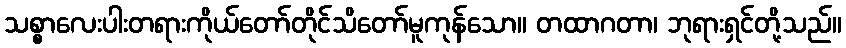
သစ္စာလေးပါးတရားကိုယ်တော်တိုင်သိတော်မူကုန်သော။ တထာဂတာ၊ ဘုရားရှင်တို့သည်။